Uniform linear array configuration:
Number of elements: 12
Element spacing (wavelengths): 0.5
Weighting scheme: blackman
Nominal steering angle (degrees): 45
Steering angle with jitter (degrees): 44.367
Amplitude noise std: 0.05
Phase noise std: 0.05

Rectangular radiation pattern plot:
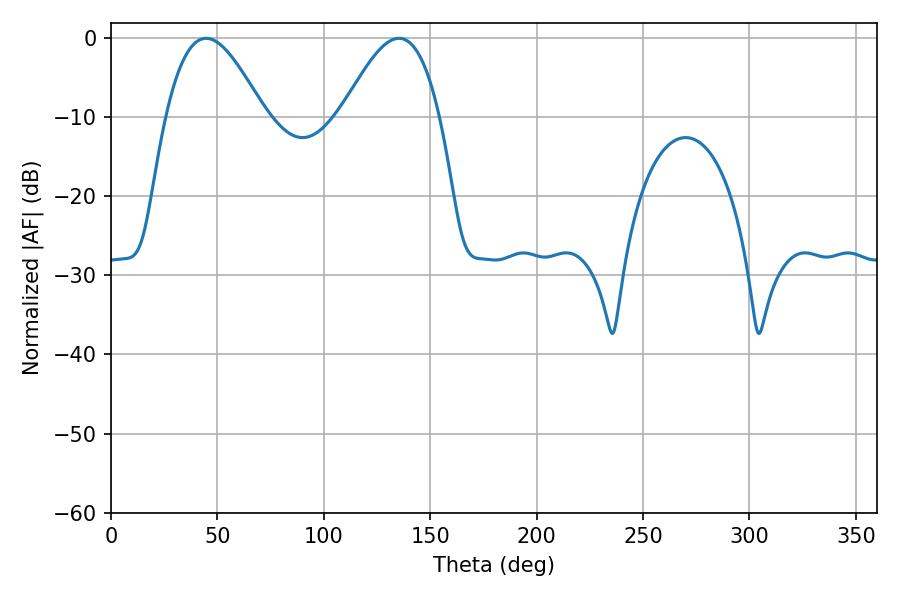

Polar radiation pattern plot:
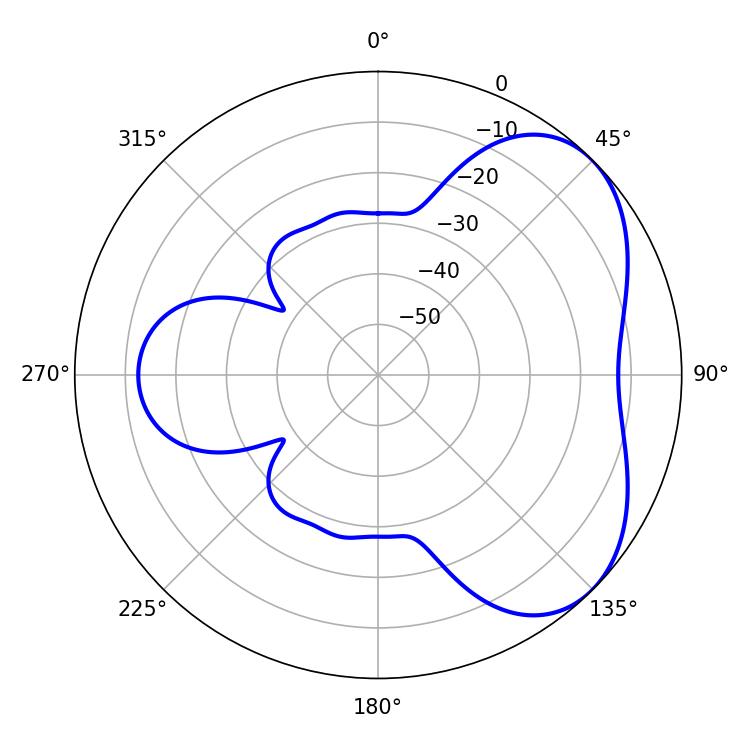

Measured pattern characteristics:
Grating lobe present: FALSE
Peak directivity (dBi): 4.651
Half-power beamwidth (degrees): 24.84
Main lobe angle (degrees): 44.64